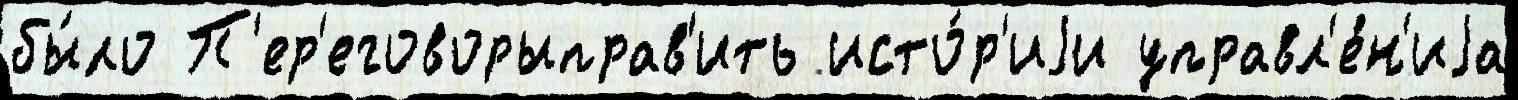
бы́ло П'ер'еговорыправ'ить исто́р'иjи управл'е́н'иjа